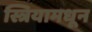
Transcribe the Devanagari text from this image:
स्त्रियामधून